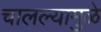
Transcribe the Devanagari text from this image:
चालल्यामुळे